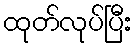
ထုတ်လုပ်ပြီး